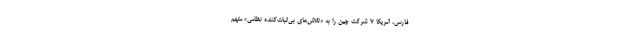
فارس، آمریکا ۷ شرکت چین را به «تلاش‌های بی‌ثبات‌کننده نظامی» متهم